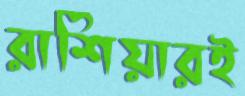
রাশিয়ারই